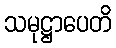
သမုဋ္ဌာပေတိ